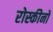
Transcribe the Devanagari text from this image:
रोस्कीनो